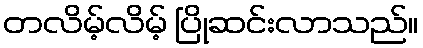
တလိမ့်လိမ့် ပြိုဆင်းလာသည်။